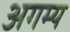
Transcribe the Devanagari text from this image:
अगम्‍य